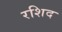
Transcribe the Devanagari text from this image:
रशिद